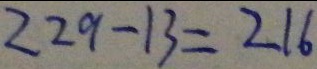
2 2 9 - 1 3 = 2 1 6